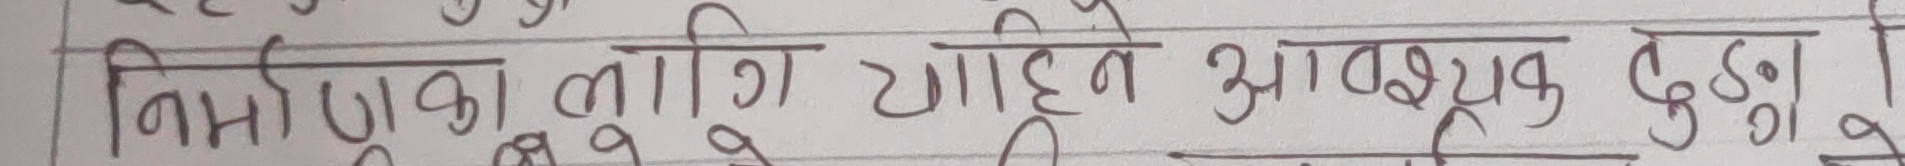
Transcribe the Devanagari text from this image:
निर्माणका लागि चाहिने आवश्यक बुड्डा